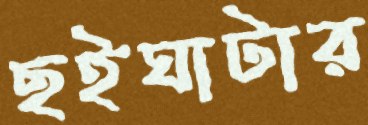
ছইঘাটার